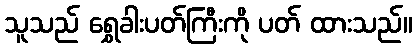
သူသည် ရွှေခါးပတ်ကြီးကို ပတ် ထားသည်။